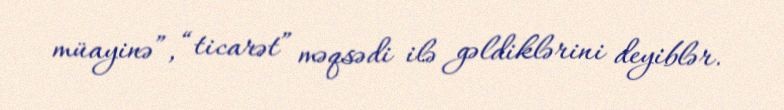
müayinə”, “ticarət” məqsədi ilə gəldiklərini deyiblər.